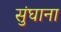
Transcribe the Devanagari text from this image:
सुंघाना